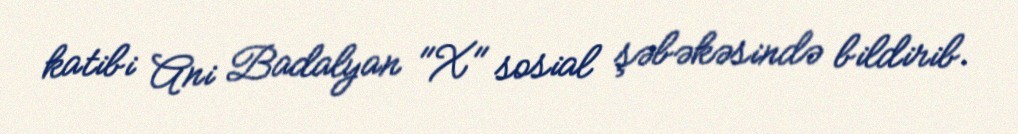
katibi Ani Badalyan "X" sosial şəbəkəsində bildirib.